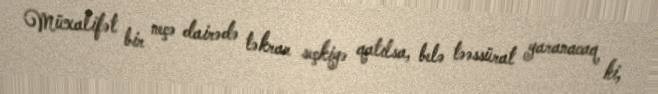
Müxalifət bir neçə dairədə təkrar seçkiyə qatılsa, belə təəssürat yaranacaq ki,